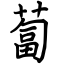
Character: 蔔